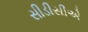
સીડીસીએ